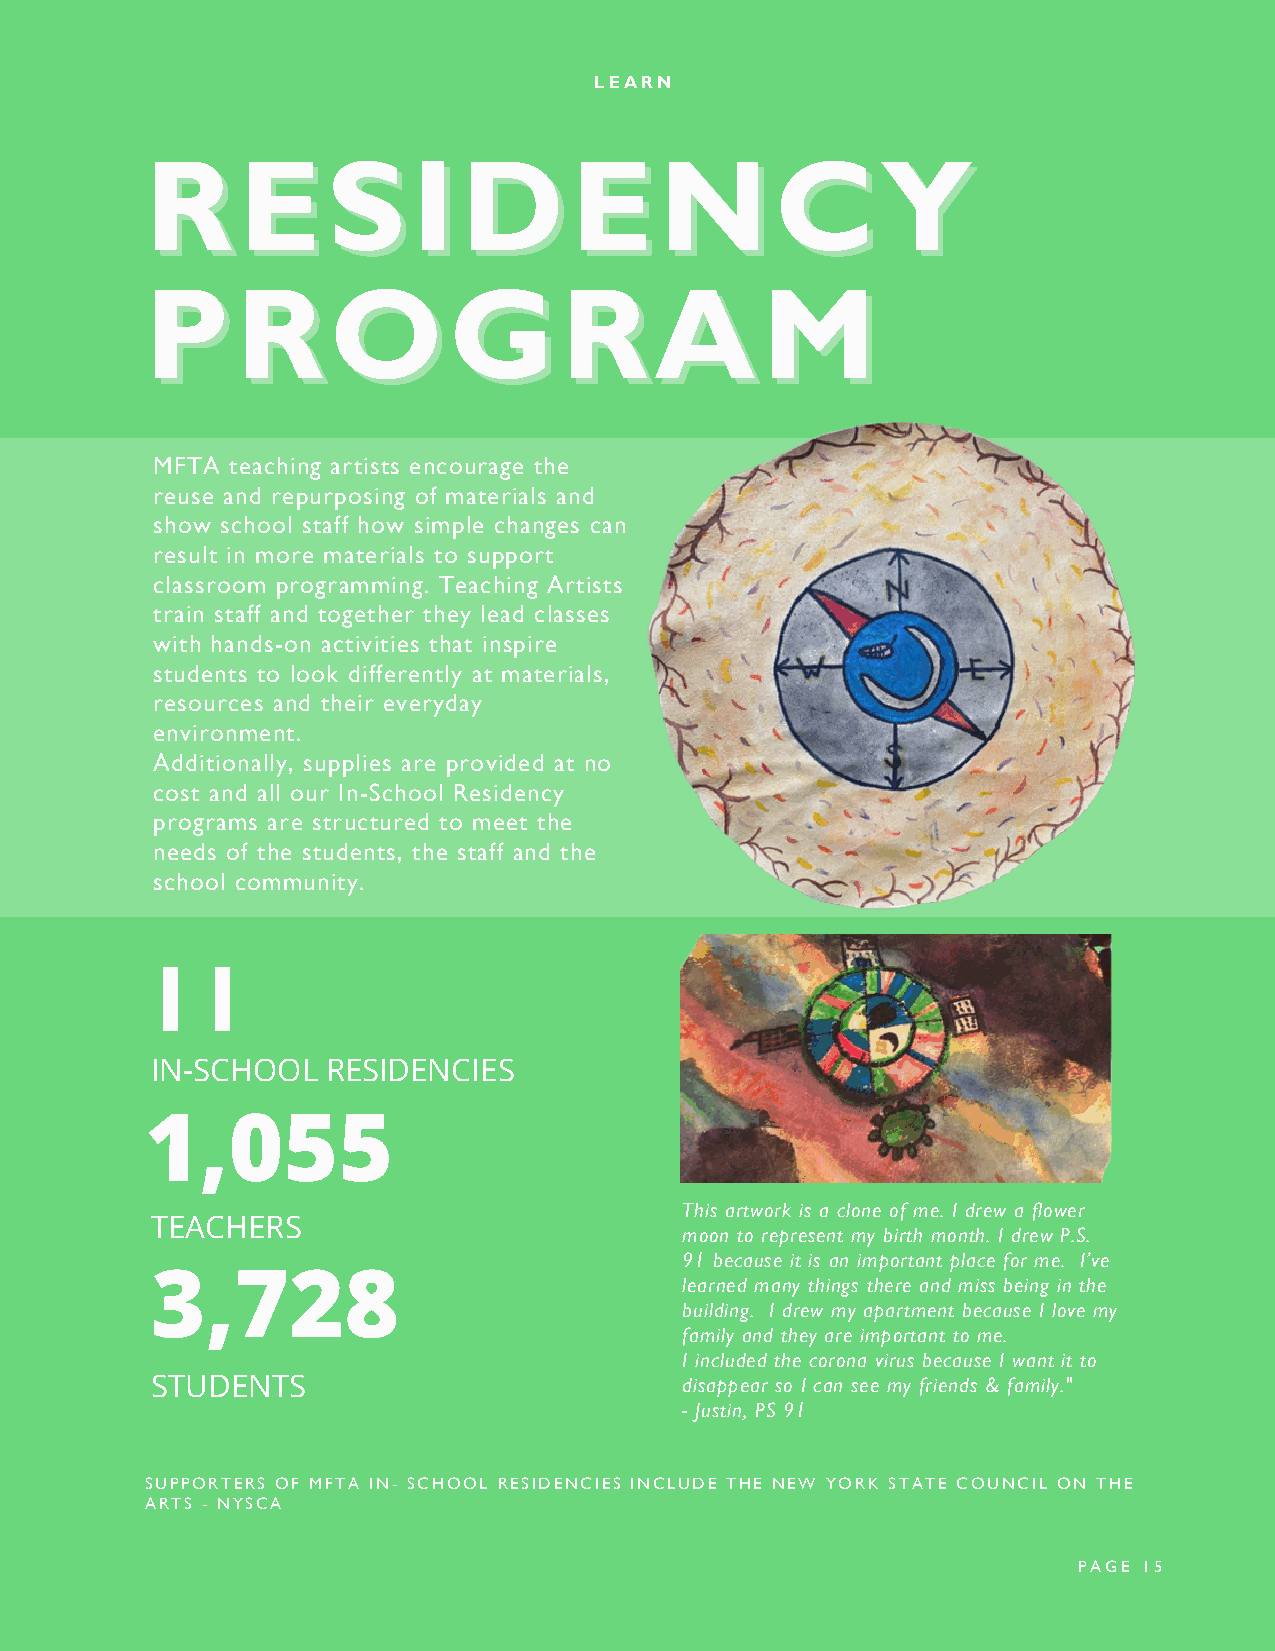
LEARN
 RREESSIIDDEENNCCYY
 PPRROOGGRRAAMM
 MFTA teaching artists encourage the
 reuse and repurposing of materials and
 show school staff how simple changes can
 result in more materials to support
 classroom programming. Teaching Artists
 train staff and together they lead classes
 with hands-on activities that inspire
 students to look differently at materials,
 resources and their everyday
 environment.
 Additionally, supplies are provided at no
 cost and all our In-School Residency
 programs are structured to meet the
 needs of the students, the staff and the
 school community.
 11
 IN-SCHOOL   RESIDENCIES
 1,055
 This artwork is a clone of me. I drew a flower
 TEACHERS
 moon to represent my birth month. I drew P.S.
 91 because it is an important place for me. I’ve
 3,728                              learned many things there and miss being in the
 building. I drew my apartment because I love my
 family and they are important to me.
 I included the corona virus because I want it to
 STUDENTS                           disappear so I can see my friends & family."
 - Justin, PS 91
 SUPPORTERS OF MFTA IN- SCHOOL RESIDENCIES INCLUDE THE NEW YORK STATE COUNCIL ON THE
 ARTS - NYSCA
 PAGE 15